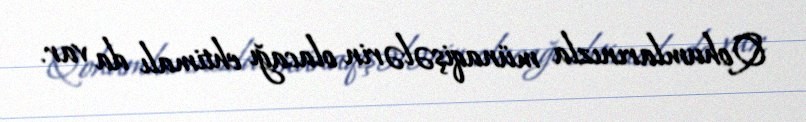
Qohumlarınızla münaqişələrin olacağı ehtimalı da var.